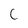
Character: C